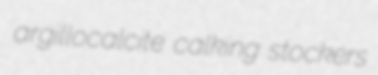
argillocalcite calking stockers